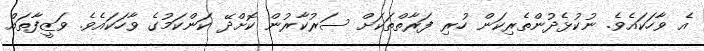
އެ ވާހަކައެވެ. ނުކުޅެދުންތެރިކަން ހުރި ފަރާތްތަކަށް ސަރުކާރުން ކޮށްދޭ ކަންކަމުގެ ވާހަކައެވެ. ވަޒީފާތައް